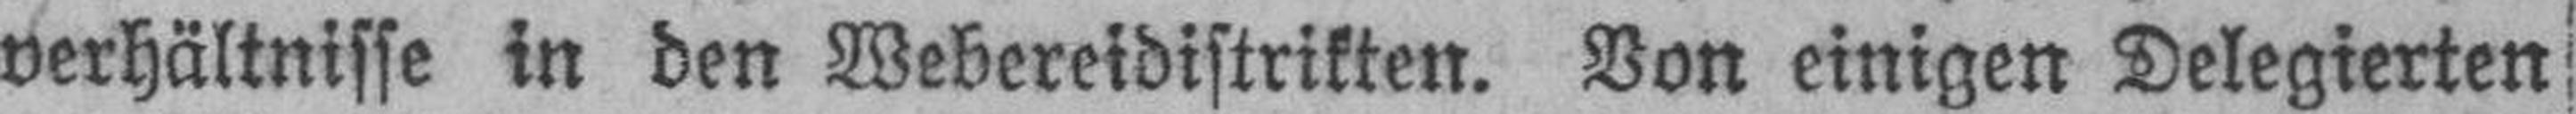
verhältnisse in den Webereidistrikten. Von einigen Delegierten